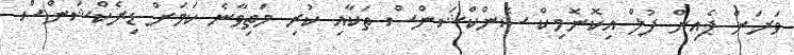
ވަރަށް ޕެއިން ފުލް އިކޮނޮމިކް ސެންކްޝަންސް ތަކާއި ކުރި މަތިވާނެ ކަމަށް ޑިރެކްޝަންސް